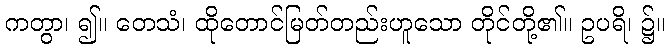
ကတွာ၊ ၍။ တေသံ၊ ထိုတောင်မြတ်တည်းဟူသော တိုင်တို့၏။ ဥပရိ၊ ၌။